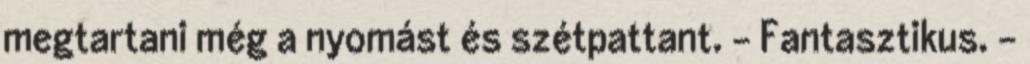
megtartani még a nyomást és szétpattant. - Fantasztikus. -